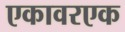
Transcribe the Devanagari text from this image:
एकावरएक